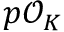
p { \mathcal { O } } _ { K }